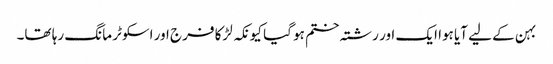
بہن کے لیے آیا ہوا ایک اور رشتہ ختم ہو گیا کیونکہ لڑکا فرج اور اسکوٹر مانگ رہا تھا۔